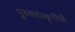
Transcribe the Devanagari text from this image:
पुरुषसंस्कृतीची